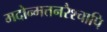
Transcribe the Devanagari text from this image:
मदोन्मत्तनरैश्‍चापि